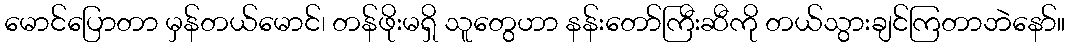
မောင်ပြောတာ မှန်တယ်မောင်၊ တန်ဖိုးမရှိ သူတွေဟာ နန်းတော်ကြီးဆီကို တယ်သွားချင်ကြတာဘဲနော်။